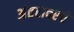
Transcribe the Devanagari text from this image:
अंतरावरचे